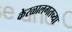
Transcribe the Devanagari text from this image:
केरळालगतच्या